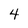
Character: 4